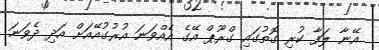
އޭނާ ލަފާ ކުރި ގޮތުގައި ގްރޫޕް އޭގެ އެއްވަނަ އުރުގުއޭއަށް އަދި ދެވަނަ